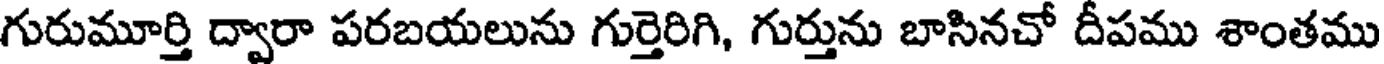
గురుమూర్తి ద్వారా పరబయలును గుర్తెరిగి, గుర్తును బాసినచో దీపము శాంతము